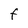
Character: F